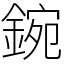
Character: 鋺